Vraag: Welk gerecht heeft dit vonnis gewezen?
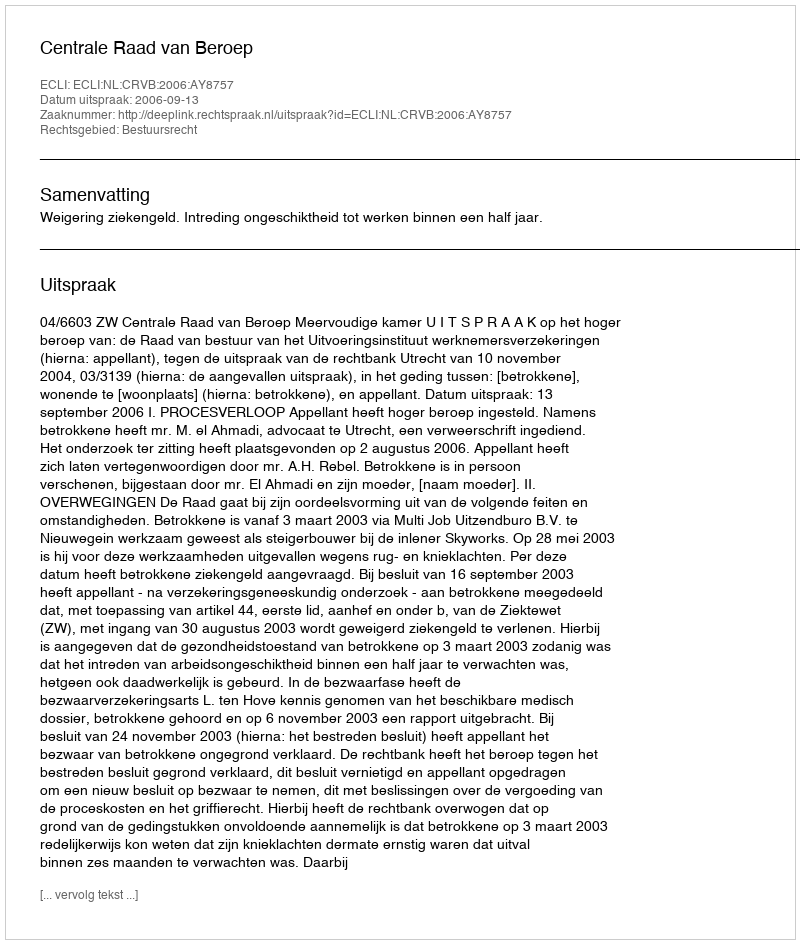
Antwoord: Centrale Raad van Beroep